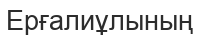
Ерғалиұлының